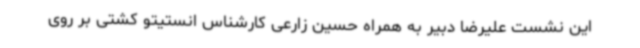
این نشست علیرضا دبیر به همراه حسین زارعی کارشناس انستیتو کشتی بر روی